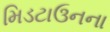
મિડટાઉનના